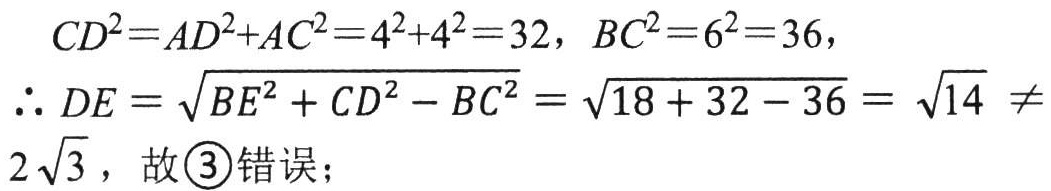
\[
\begin{align*}
CD^{2}&=AD^{2}+AC^{2}=4^{2}+4^{2}=32,\ BC^{2}=6^{2}=36,\\
\therefore DE&=\sqrt{BE^{2}+CD^{2}-BC^{2}}=\sqrt{18 + 32 - 36}=\sqrt{14}\neq2\sqrt{3},\ 故\textcircled{3}错误；
\end{align*}
\]